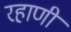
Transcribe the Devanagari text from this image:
रहाणी